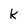
Character: k